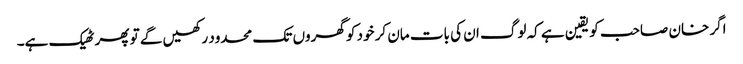
اگر خان صاحب کو یقین ہے کہ لوگ ان کی بات مان کر خود کو گھروں تک محدود رکھیں گے تو پھر ٹھیک ہے۔